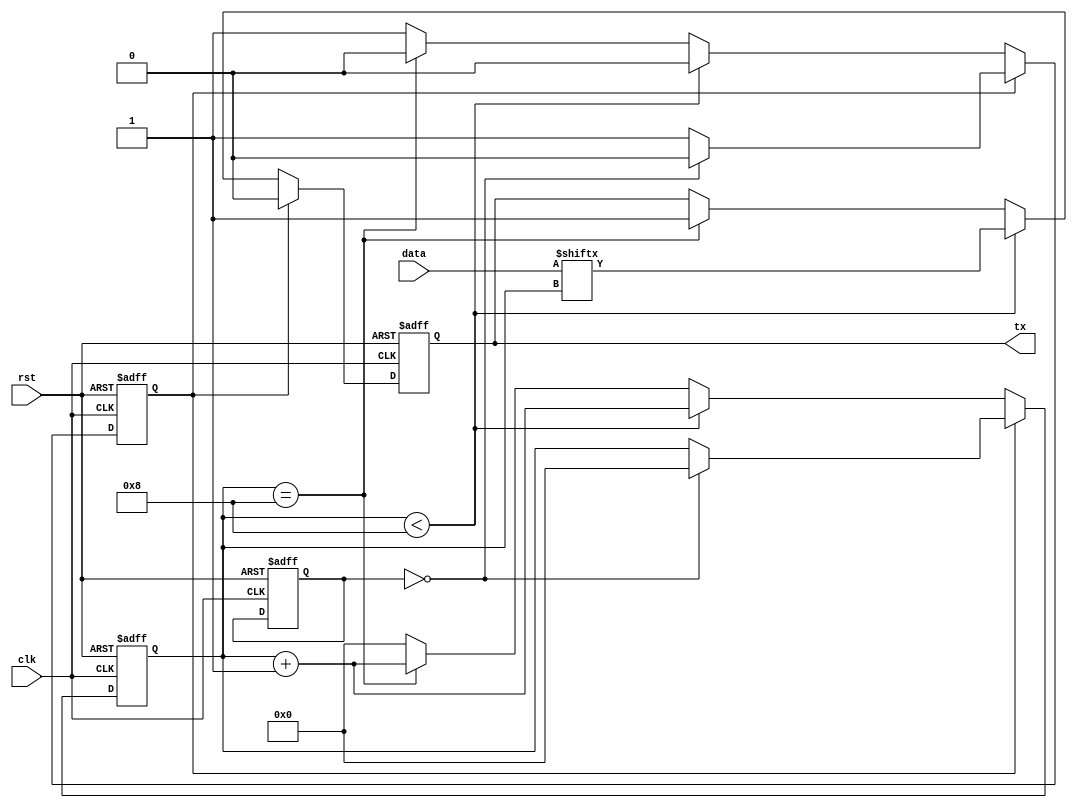
module uart_tx (
    input wire clk,
    input wire rst,
    input wire [7:0] data,
    output reg tx
);

// Parameters for UART configuration
parameter BAUD_RATE = 9600; // Set your desired baud rate

// Internal variables
reg [3:0] count;
reg [11:0] baud_counter;
reg [10:0] bit_counter;
reg start_bit;

// Initialize variables
always @(posedge clk or posedge rst) begin
    if (rst) begin
        count <= 0;
        baud_counter <= 0;
        bit_counter <= 0;
        start_bit <= 1;
        tx <= 1;
    end
    else begin
        // Baud rate generation
        if (baud_counter == BAUD_RATE / 2 - 1) begin
            baud_counter <= 0;
            count <= count + 1;
        end
        else begin
            baud_counter <= baud_counter + 1;
        end

        // Transmit data
        if (start_bit) begin
            tx <= 0; // Start bit
            if (count == 0) begin
                start_bit <= 0;
                bit_counter <= 0;
            end
        end
        else begin
            if (bit_counter < 8) begin
                tx <= data[bit_counter];
                bit_counter <= bit_counter + 1;
            end
            else if (bit_counter == 8) begin
                tx <= 1; // Stop bit
                bit_counter <= bit_counter + 1;
            end
            else begin
                start_bit <= 1;
                bit_counter <= 0;
            end
        end
    end
end

endmodule